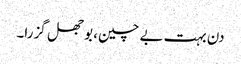
دن بہت بے چین، بوجھل گزرا۔